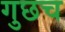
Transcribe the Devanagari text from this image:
गुछच